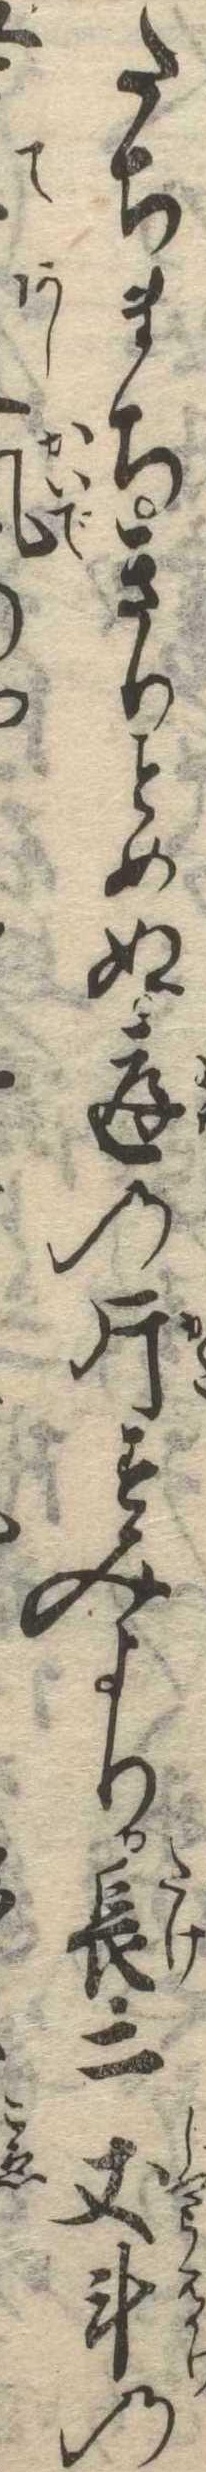
たちまちきりとめぬ庭の片すみより長二丈斗の